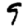
Digit: 9